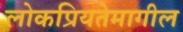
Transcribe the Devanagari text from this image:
लोकप्रियतेमागील